Annual administration report of the Civil Veterinary Department of India - 1899-1900
Year: 1899
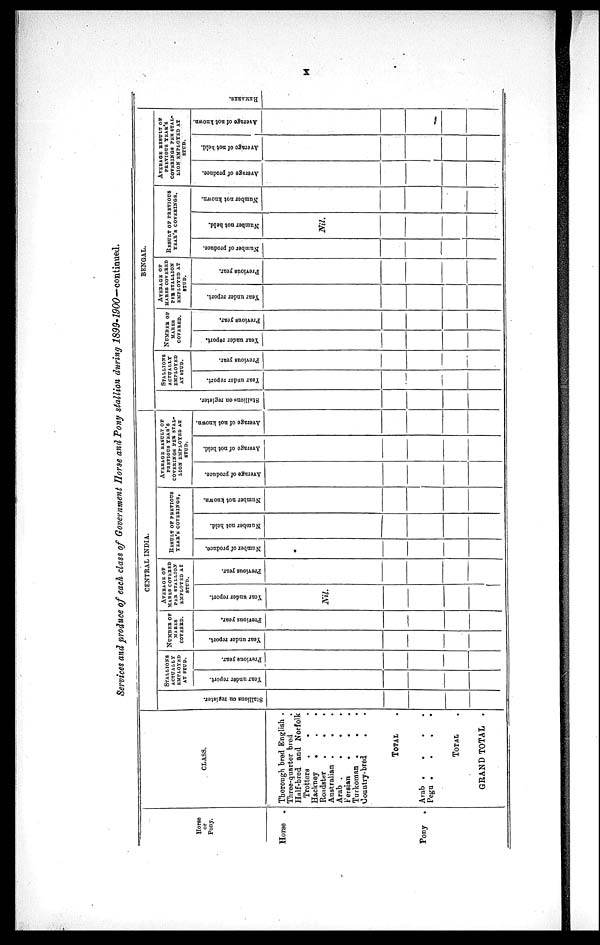
x
Services and produce of each class of Government Horse and Pony stallion during 1899-1900—continued.
Horse
or
Pony.
Horse
.
Pony
.
CLASS.
Thorough bred English .
Three-quarter bred
Half-bred and Norfolk
Trotters
Hackney . . .
Roadster
.
.
.
Australian .
. .
Arab .
.
.
.
Persian
. . .
Turkoman . . .
Country-bred . .
TOTAL
Arab .
.
.
.
Pegu .
.
.
.
TOTAL
GRAND TOTAL .
Stallions on register.
CENTRAL INDIA.
STALLIONS ACTUALLY EMPLOYED
AT STUD.
Year under report.
Previous year.
NUMBER OF
MARES COVERED.
Year under report.
Previous year.
AVERAGE OF
MARES COVERED
PER STALLION
EMPLOYED AT
STUD.
Year under report.
Nil.
Previous year.
RESULT OF PREVIOUS YEAR'S COVERINGS.
Number of produce.
Number not held.
Number not known.
AVERAGE RESULT OF
PREVIOUS YEAR'S COVERINGS PER STAL¬LION EMPLOYED AX STUD.
Average of produce.
Average of not held.
Average of not known.
BENGAL.
Stallions
on register.
STALLIONS ACTUALLY EMPLOYED
AT STUD.
Year under report.
Previous year.
NUMBER OF
MARES COVERED.
Year under report.
Previous year.
AVERAGE OF MAKES COVERED PER STALLION EMPLOYED AT
STUD.
Year under report.
Previous year.
RESULT OF PREVIOUS YEAR'S COVERINGS.
Number of produce.
Number not held.
Nil.
Number not known.
AVERAGE RESULT OF
PREVIOUS YEAR'S COVERINGS PER STA
STUD.
Average of produce.
Average of not held.
Average of not known.
REMARKS.